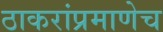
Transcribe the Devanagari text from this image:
ठाकरांप्रमाणेच